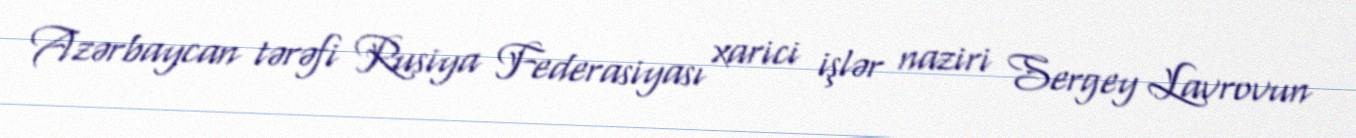
Azərbaycan tərəfi Rusiya Federasiyası xarici işlər naziri Sergey Lavrovun